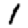
Digit: 1